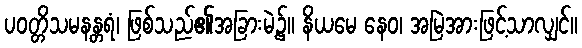
ပဝတ္တိသမနန္တရံ၊ ဖြစ်သည်၏အခြားမဲ့၌။ နိယမေ နေဝ၊ အမြဲအားဖြင့်သာလျှင်။